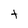
Character: t